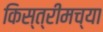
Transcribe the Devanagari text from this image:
किस्त्रीमच्या